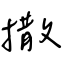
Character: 撒